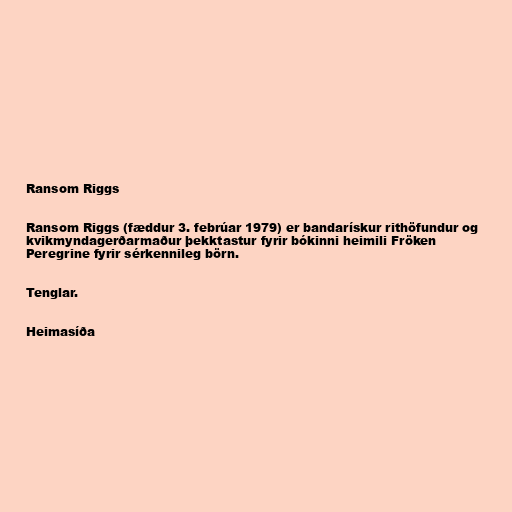
Ransom Riggs

Ransom Riggs (fæddur 3. febrúar 1979) er bandarískur rithöfundur og
kvikmyndagerðarmaður þekktastur fyrir bókinni heimili Fröken
Peregrine fyrir sérkennileg börn.

Tenglar.

Heimasíða